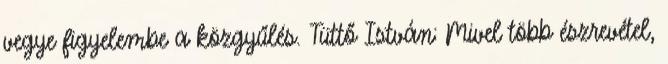
vegye figyelembe a közgyűlés. Tüttő István: Mivel több észrevétel,